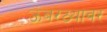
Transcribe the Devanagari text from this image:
ऊंबरठ्यावर